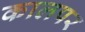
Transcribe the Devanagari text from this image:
कालपर